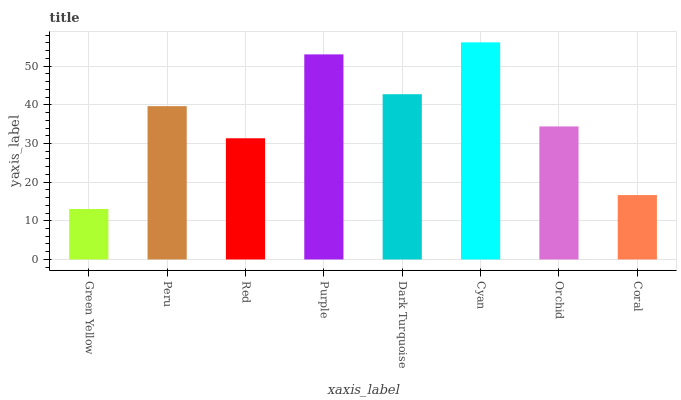
| xaxis_label | bars |
 | --- | --- |
 | Green Yellow | 13 |
 | Peru | 39.7 |
 | Red | 31.3 |
 | Purple | 53.1 |
 | Dark Turquoise | 42.7 |
 | Cyan | 56.2 |
 | Orchid | 34.4 |
 | Coral | 16.7 |